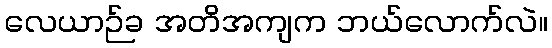
လေယာဉ်ခ အတိအကျက ဘယ်လောက်လဲ။